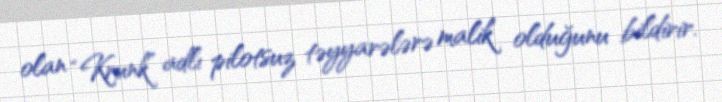
olan “Krunk” adlı pilotsuz təyyarələrə malik olduğunu bildirir.